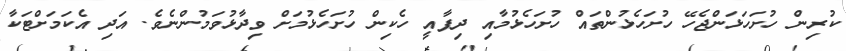
ކުރިން ހުށަހަޅަންޖެހޭ ހުށަހެޅުންތައް ހުށަހެޅުމާއި ދިފާއީ ހެކިން ހުށަހެޅުމަށް ވިދާޅުވަމުންނެވެ. އަދި އެކަމަށްޓަކާ